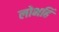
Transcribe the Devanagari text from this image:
लोभहिं